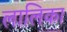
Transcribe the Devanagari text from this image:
लालिका